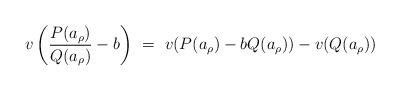
LaTeX: \begin{align*}v\left(\frac{P(a_{\rho})}{Q(a_{\rho})}-b\right)\ =\ v(P(a_{\rho})-bQ(a_{\rho})) - v(Q(a_{\rho}))\end{align*}